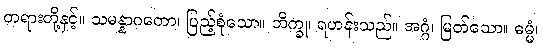
တရားတို့နှင့်။ သမန္နာဂတော၊ ပြည့်စုံသော။ ဘိက္ခု၊ ရဟန်းသည်။ အဂ္ဂံ၊ မြတ်သော။ ဓမ္မံ၊